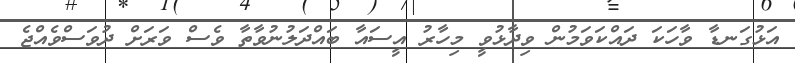
އަޅުގަނޑާ ވާހަކަ ދައްކަވަމުން ވިދާޅުވީ މިހާރު އީސައާ ބައްދަލުނުވާތާ ވެސް ވަރަށް ދުވަސްވެއްޖެ